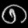
Digit: ၈